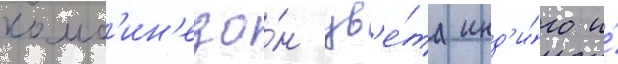
комб'ин'езо́н цв'е́та инд'и́го и́